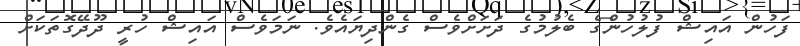
ފަހުން އައިޝް ފުލުހުންގެ ބެލުމުގެ ދަށަށްވެސް ގެންދިޔައެވެ. ނަމަވެސް އައިޝް ހުރީ ދޫދޭގޮތަކަށް